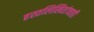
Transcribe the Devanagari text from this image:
हस्तलिखितांचाही